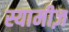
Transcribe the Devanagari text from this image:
स्यामीज़